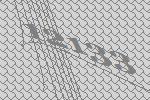
12133